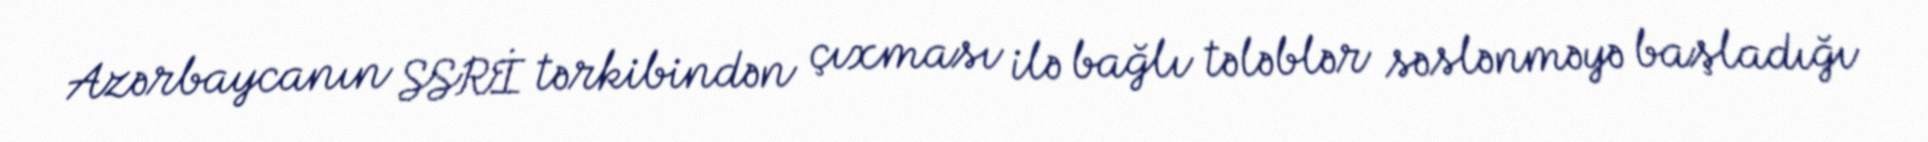
Azərbaycanın SSRİ tərkibindən çıxması ilə bağlı tələblər səslənməyə başladığı